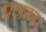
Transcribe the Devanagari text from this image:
प्रजनन।